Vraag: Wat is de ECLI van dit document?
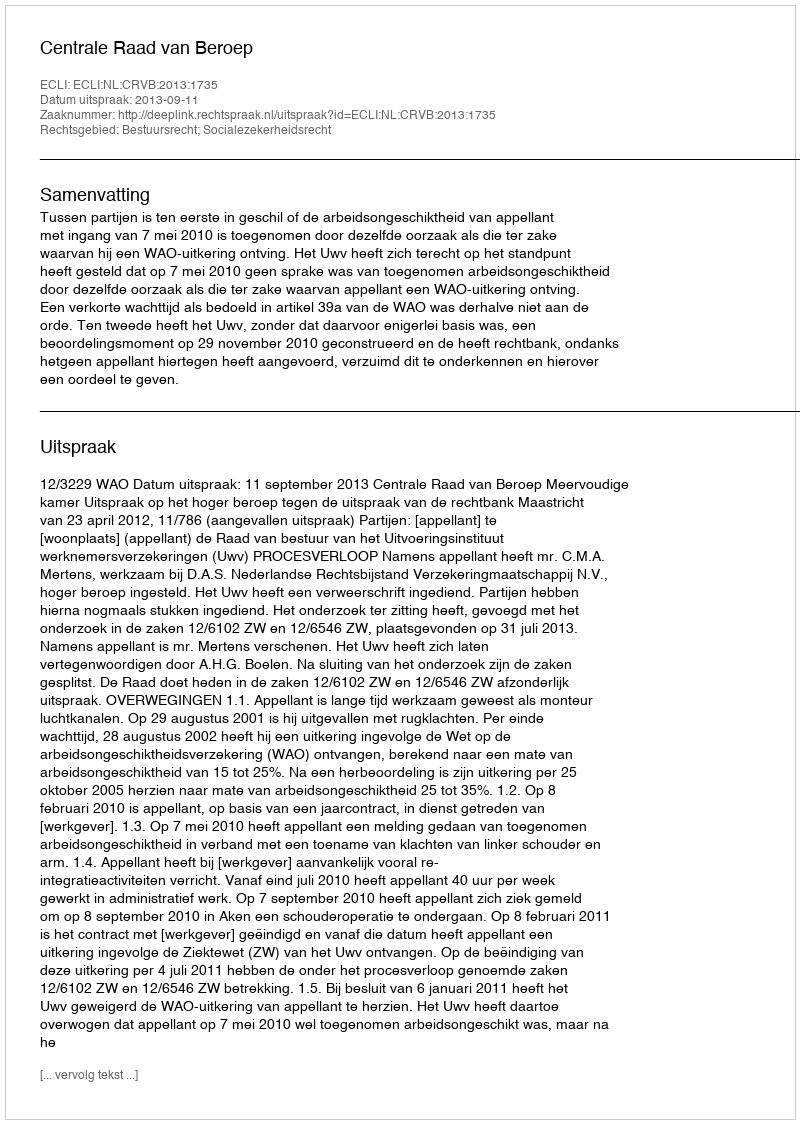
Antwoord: ECLI:NL:CRVB:2013:1735